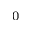
_ { 0 }